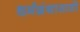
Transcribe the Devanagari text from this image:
धर्मग्रंथासाठी